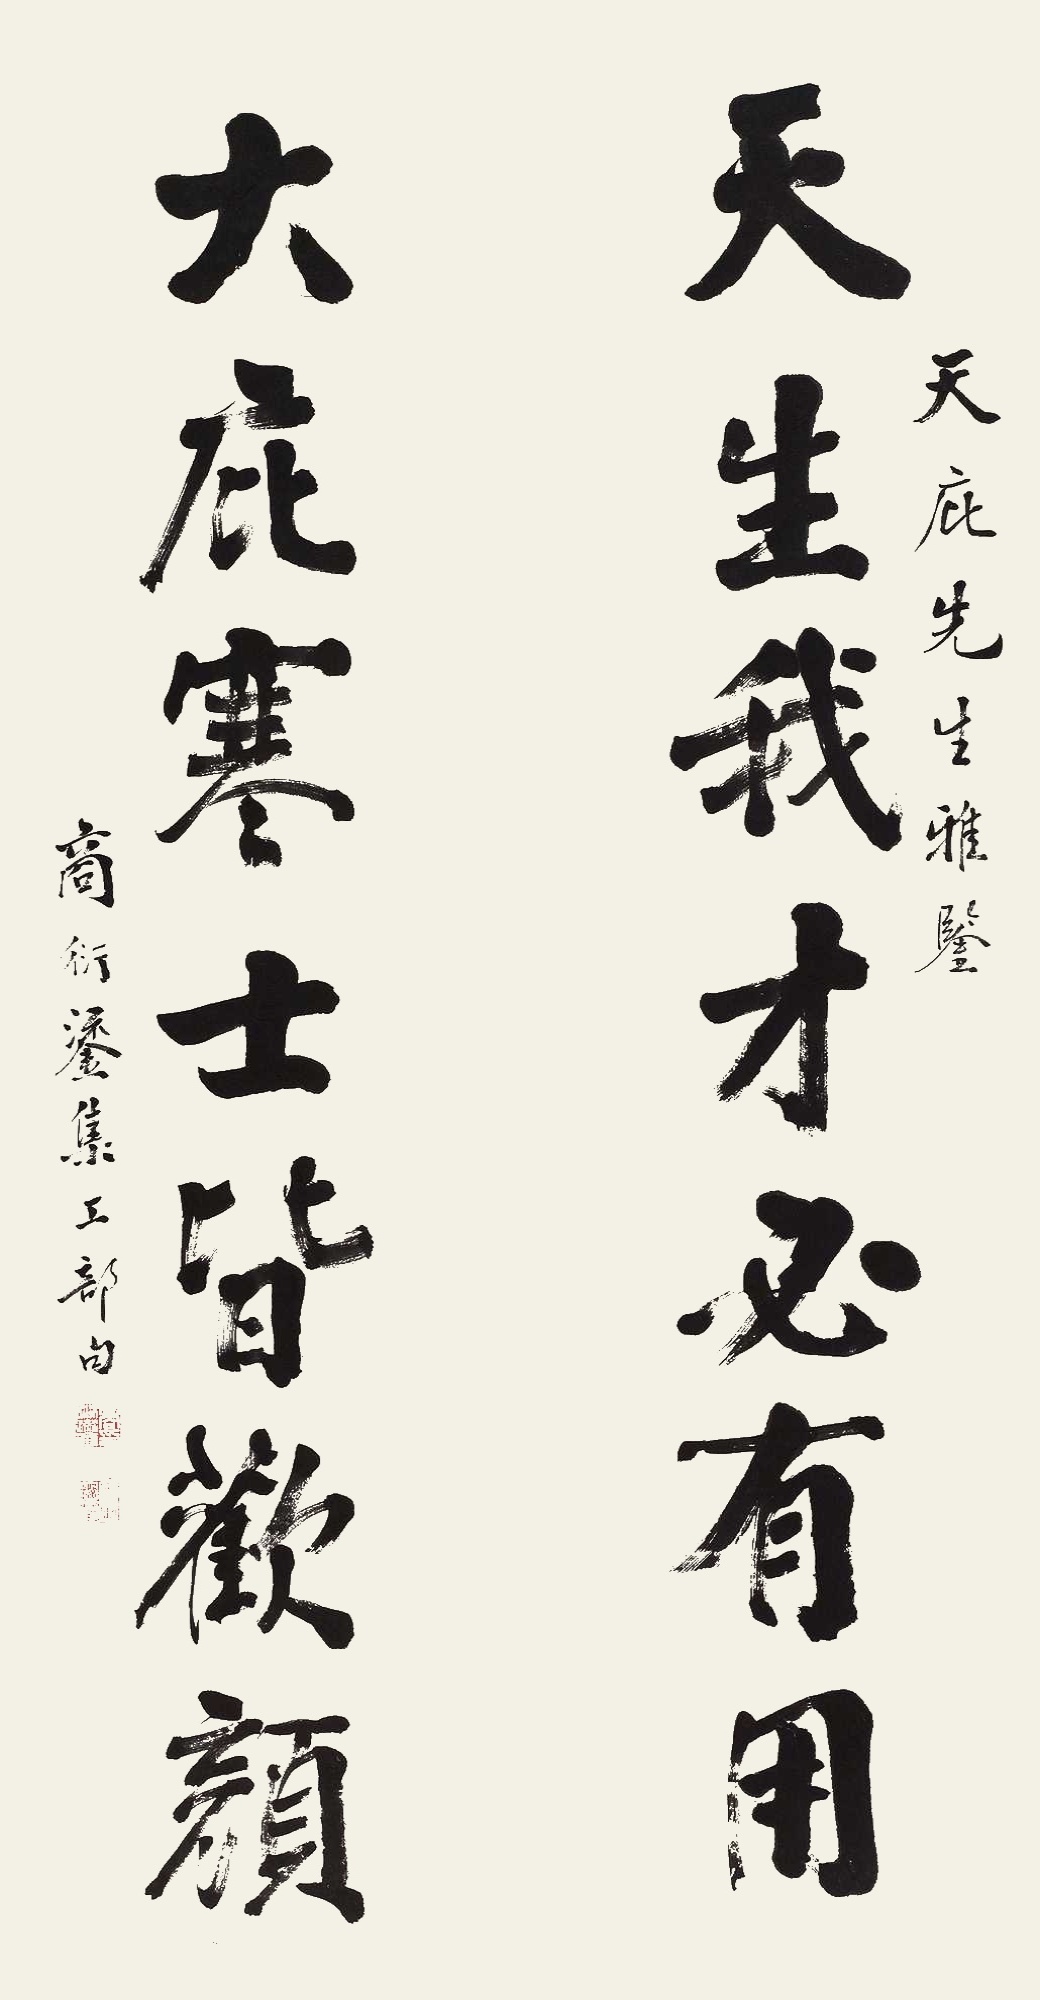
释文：天生我才必有用，大庇寒士皆欢颜。天庇先生雅鉴，商衍鎏集工部句。